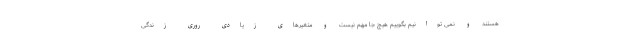
هستند و نمی توانیم بگوییم هیچ جا مهم نیست و متغیرهای زیادی روری زندگی